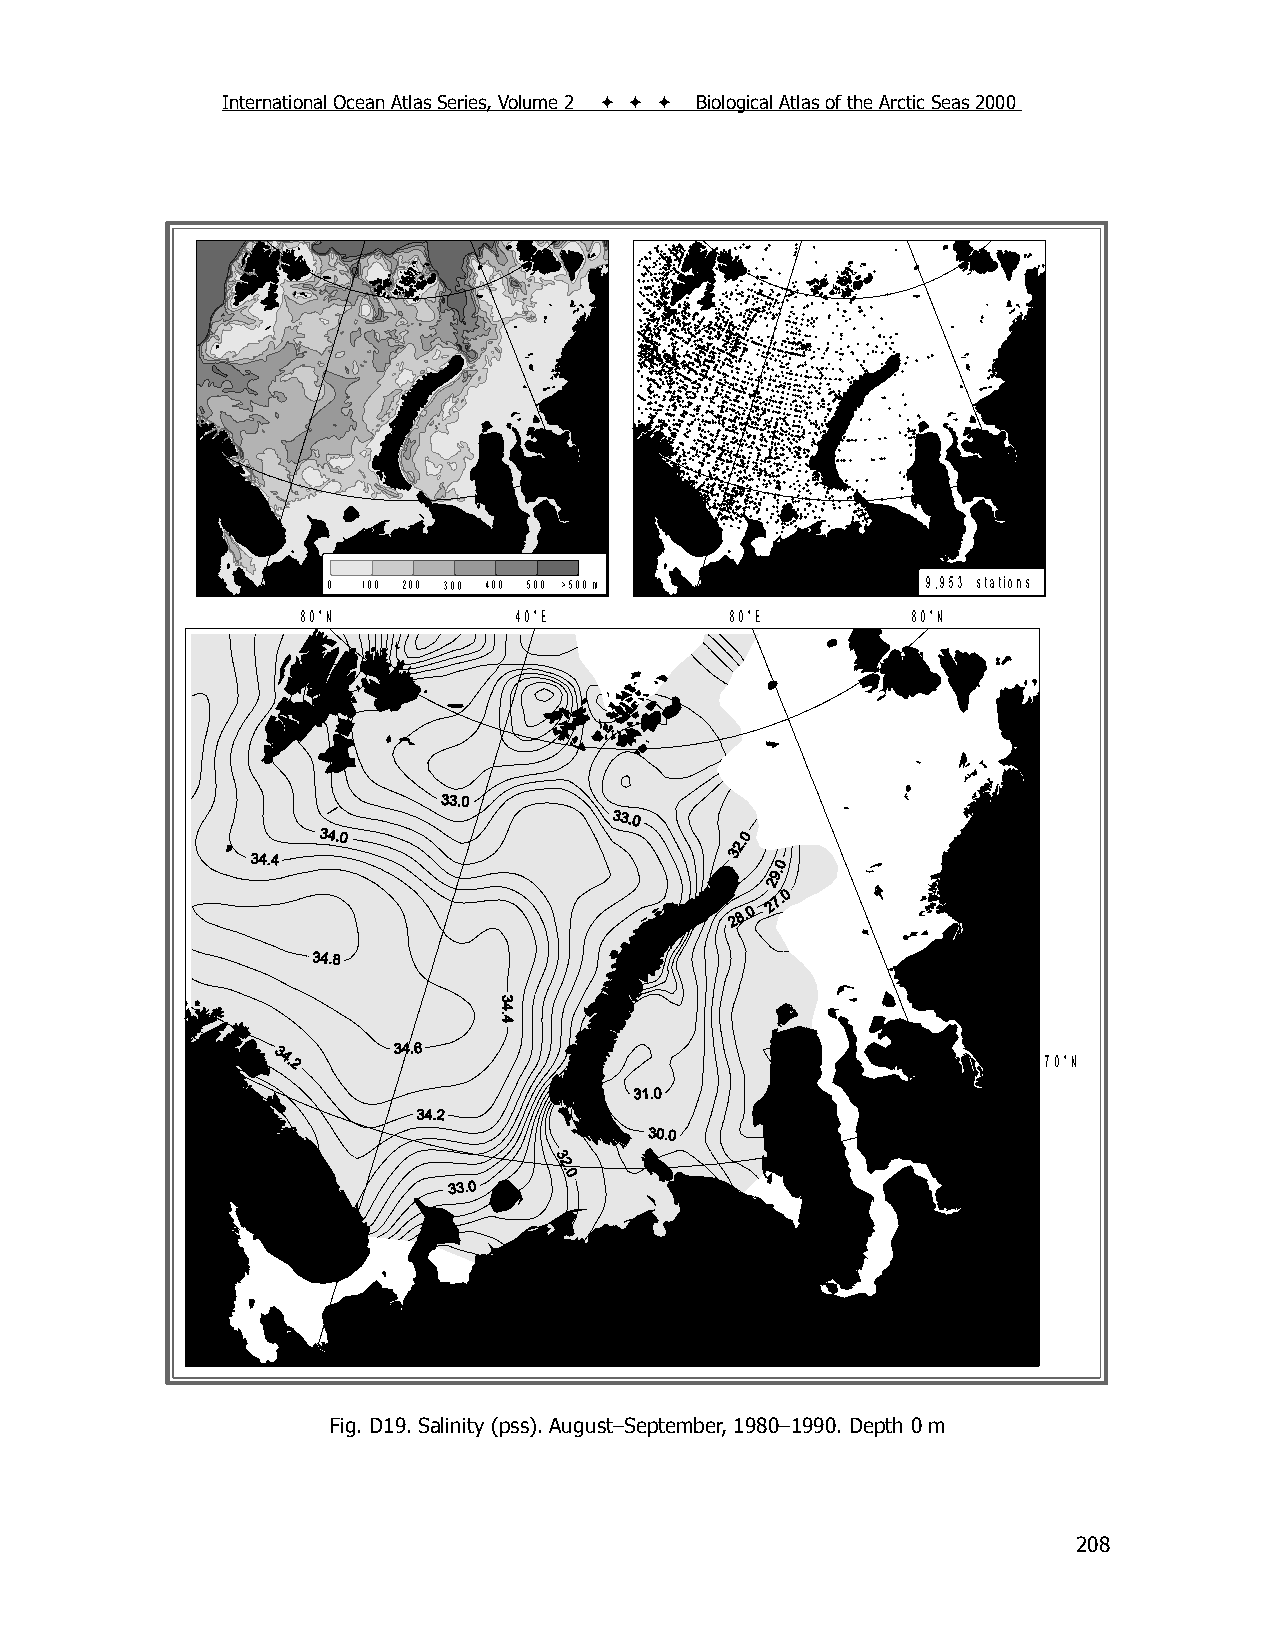
International Ocean Atlas Series, Volume 2    Biological Atlas of the Arctic Seas 2000
 0 100 200 300 400 500 >500 m           9,953 stations
 80°N          40°E          80°E        80°N
 70°N
 Fig. D19. Salinity (pss). August–September, 1980–1990. Depth 0 m
 208